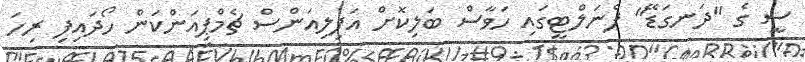
ސީ ގެ "ދަނގަޑޭ" ޕެނަލްޓީގައި ހަވާސް ބަލިކޮށް އަފިލިއަންސް ޗެމްޕިއަންކަން ހޯދައިފި ރިހަ